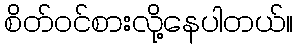
စိတ်ဝင်စားလို့နေပါတယ်။